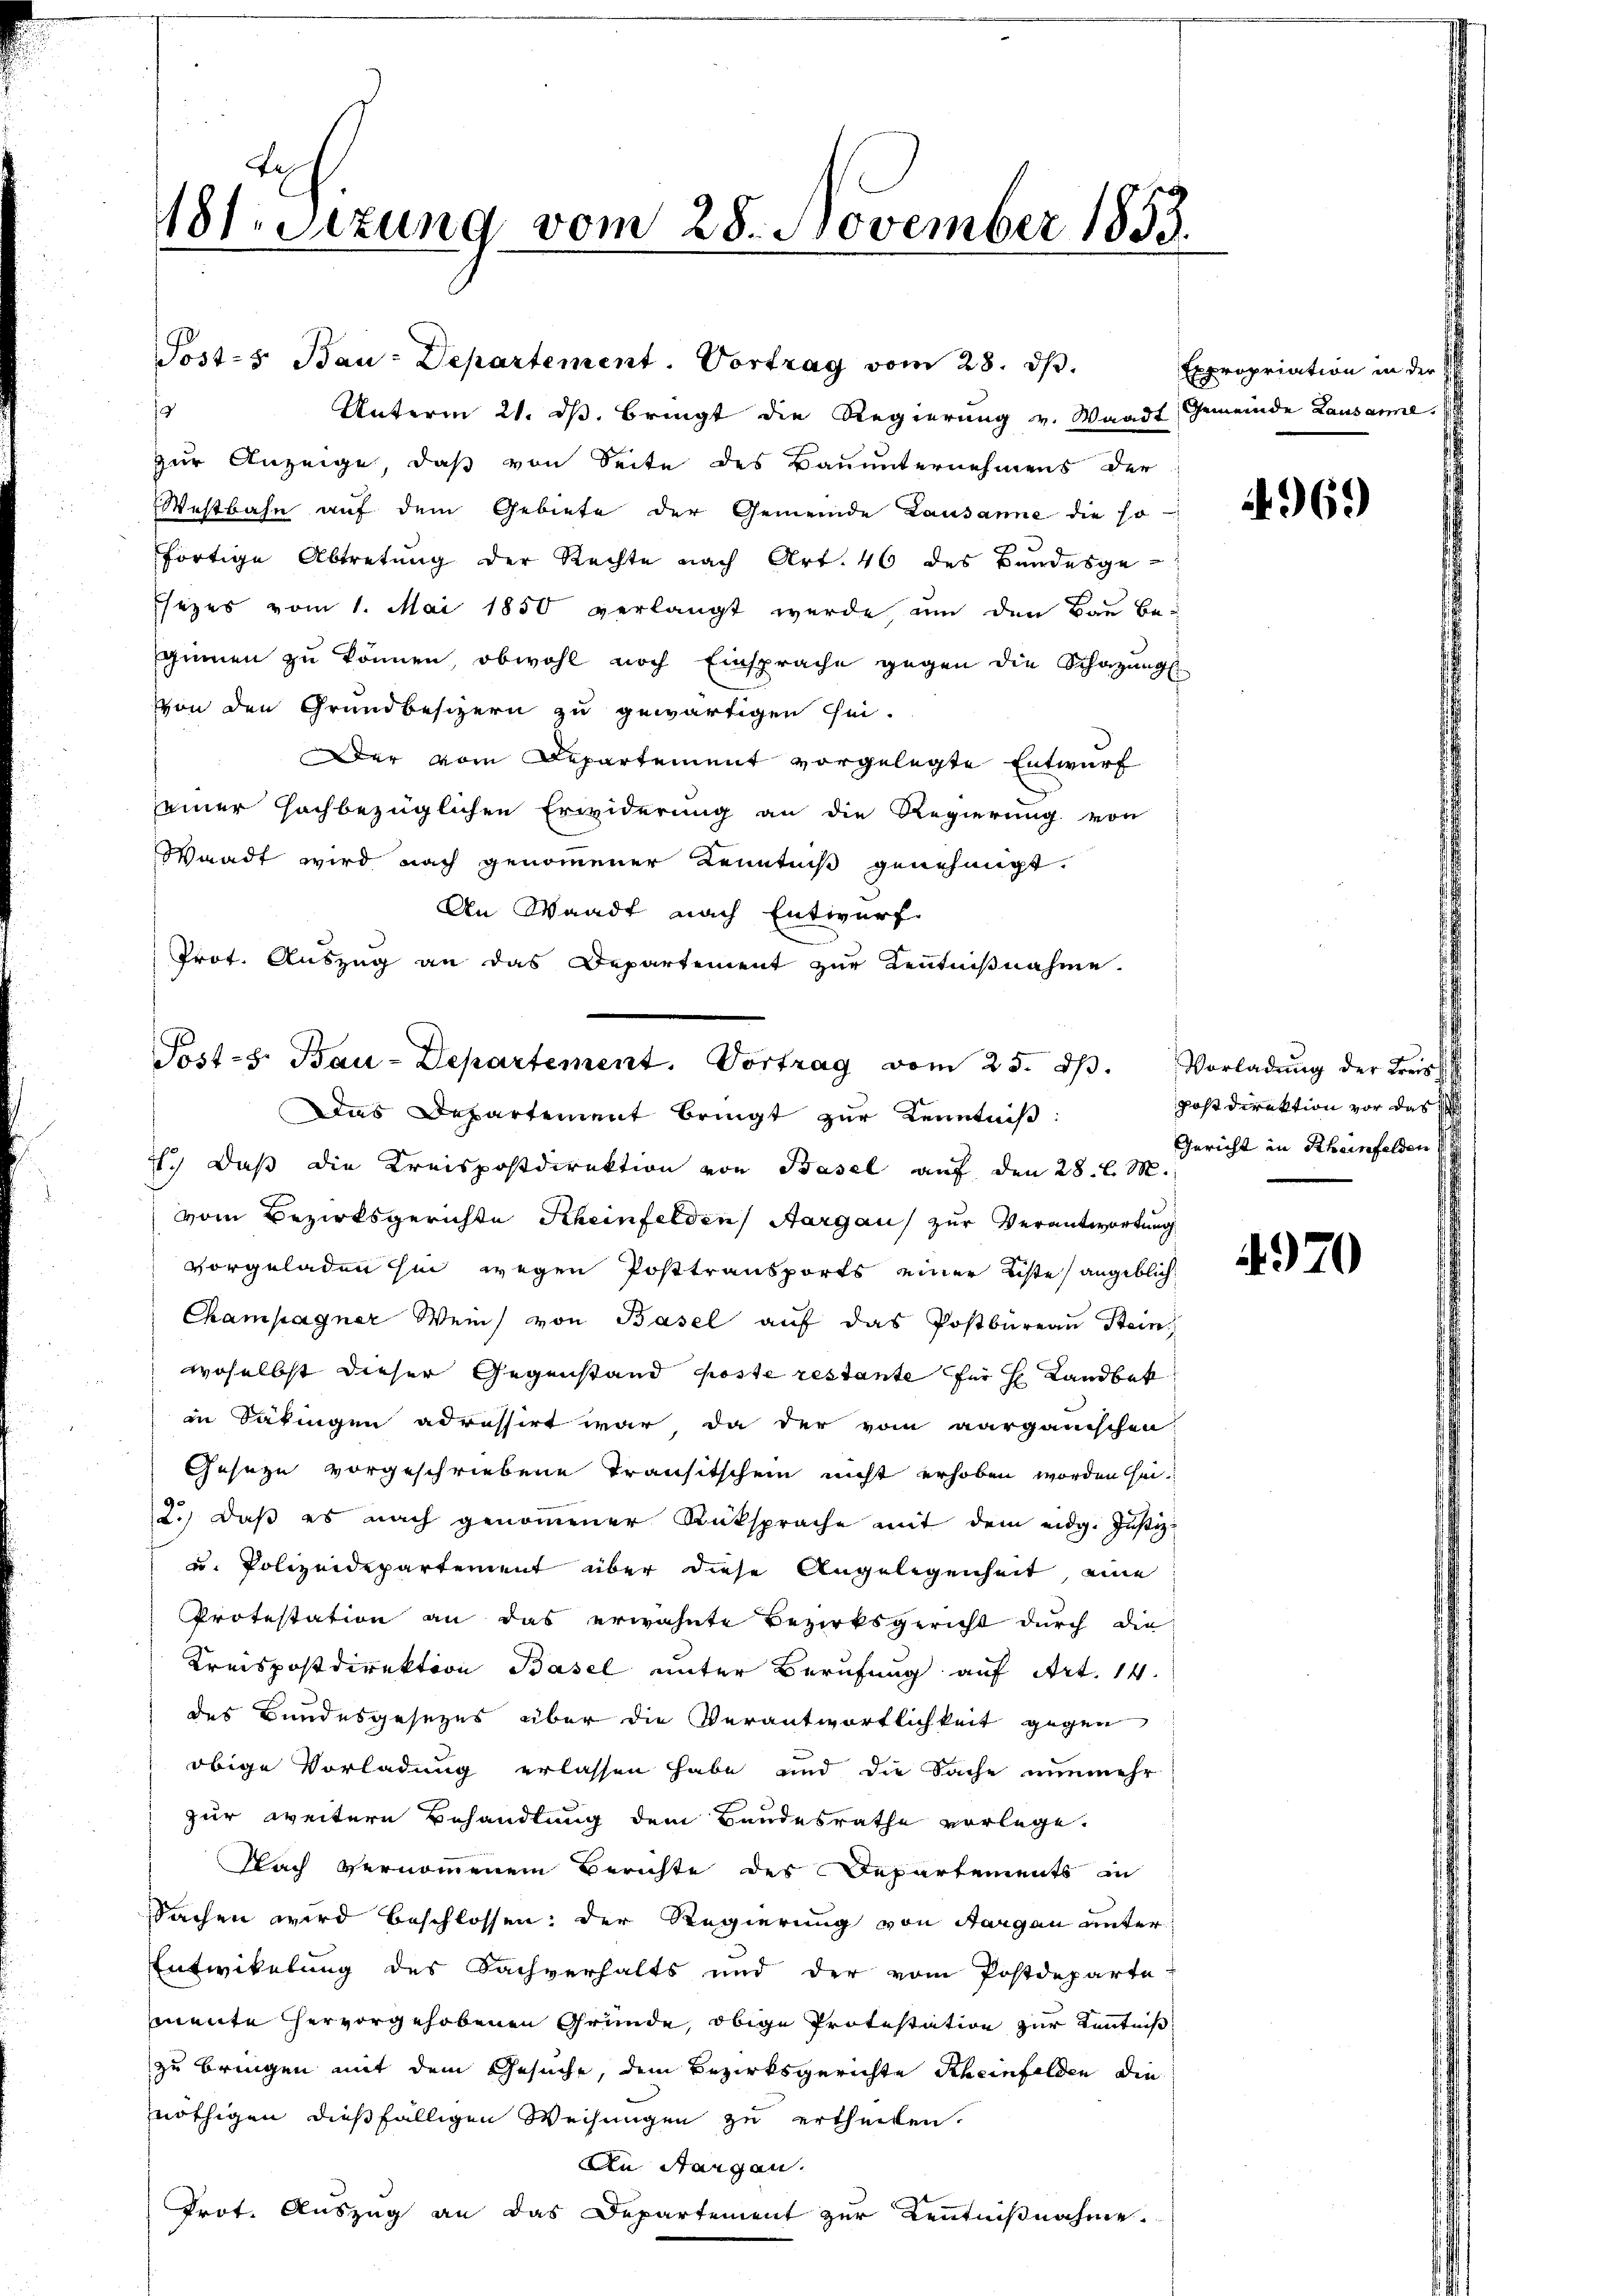
sizung vom 28. November 1853.

1
zur Anzeige, daß von Seite des Bauunternehmens der
Westbahn auf dem Gebiete der Gemeinde Lausanne die so
förtige Abtretung der Rechte nach Art. 46 des Bundesge¬
Esezes vom 1. Mai 1850 verlangt wurde, um den Bau be-
ginnen zu können, obwohl noch Einsprache gegen die Schazung
von den Grundbesizern zu gewärtigen sei-
Der vom Departement vorgelegte Entwurf
seiner hochbezüglichen Erwiderung an die Regierung von
Waadt wird nach genommener Kenntniß genehmigt.
An Waadt nach Entwurf
Prot. Auszug an das Departement zur Kenntnißnahme.

Post-B. Bau-Departement. Vortrag vom 25. d.
Das Departement bringt zur Kenntniß:

Post- & Bau-Departement. Vortrag vom 28. d.
Unterm 21. dβ. bringt die Regierung v. Waadt Gemeinde Lausanne,

1.) Daß die Kreispostdirektion von Basel auf den 28. l. M.
vom Bezirksgerichte Rheinfelden, Aargau zur Verantwortung
vorgeladen sie wegen Posttransports einer Liste angeblich
Champagner Wein von Basel auf das Postbureau Stein
woselbst dieser Gegenstand Koste restante für h Landbek
in Säkingen adressirt war, da der vom aarganischen
Geseze vorgeschriebene Transitschein nicht erhoben worden sei.
2.) Daß es nach genommener Rüksprache mit dem eidg. Justiz-
u. Polizeidepartement über diese Angelegenheit, eine
Protestation an das erwähnte Bezirksgericht durch die
Kreispostdirektion Basel unter Berufung auf Art. 14.
des Bundesgesezes über die Verantwortlichkeit gegen
obige Vorladung erlassen habe und die Sache nunmehr
zur weitere Behandlung dem Bandesrathe vorlege.
Nach vernommenem Berichte des Departements in
Sachen wird beschlossen: der Regierung von Aargau unter¬
Entwikelung des Sachverhalts und der vom Postdeparte
mente hervorgehobenen Gründe, obige Protestation zur Kenntniß
zu bringen mit dem Gesuche, dem Bezirksgerichte Rheinfelden die
nöthigen dießfälligen Weisungen zu ertheilen.
An Steigen.
Prot. Auszug an das Departement zur Kenntnißnahme

Expropriation in der H.

. 969

Vorladung der Kreispost Direktion vor das s
Gericht in Rheinfelden

4970